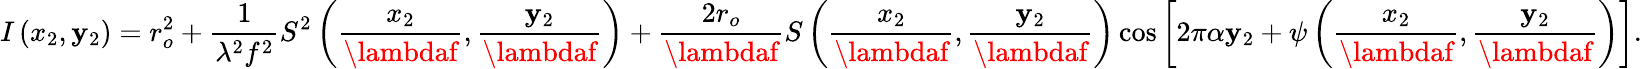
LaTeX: I\left(x_{2},\mathbf{y}_{2}\right)=r_{o}^{2}+{\frac{{1}}{{\lambda^{2}f^{2}}}}S^{2}\left({\frac{{x_{2}}}{{\lambdaf}}},{\frac{{\mathbf{y}_{2}}}{{\lambdaf}}}\right)+{\frac{{2r_{o}}}{{\lambdaf}}}S\left({\frac{{x_{2}}}{{\lambdaf}}},{\frac{{\mathbf{y}_{2}}}{{\lambdaf}}}\right)\cos\left[2\pi\alpha\mathbf{y}_{2}+\psi\left({\frac{{x_{2}}}{{\lambdaf}}},{\frac{{\mathbf{y}_{2}}}{{\lambdaf}}}\right)\right].